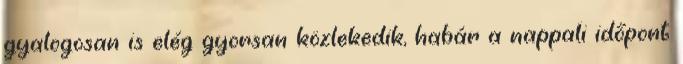
gyalogosan is elég gyorsan közlekedik, habár a nappali időpont